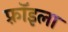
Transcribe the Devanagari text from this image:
फ़्रॉइला